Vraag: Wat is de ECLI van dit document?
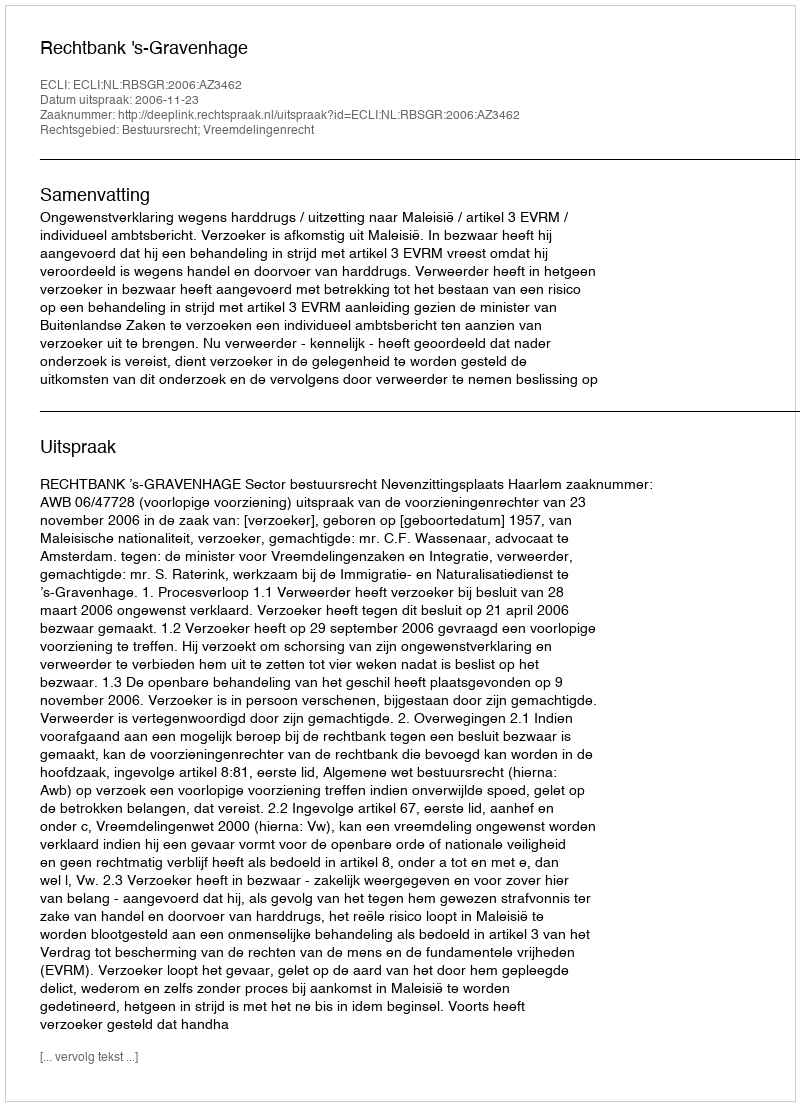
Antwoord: ECLI:NL:RBSGR:2006:AZ3462